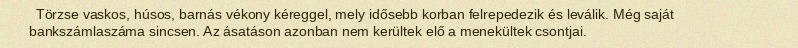
Törzse vaskos, húsos, barnás vékony kéreggel, mely idősebb korban felrepedezik és leválik. Még saját bankszámlaszáma sincsen. Az ásatáson azonban nem kerültek elő a menekültek csontjai.